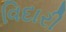
વિદારી